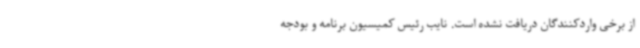
از برخی واردکنندگان دریافت نشده است. نایب رئیس کمیسیون برنامه و بودجه